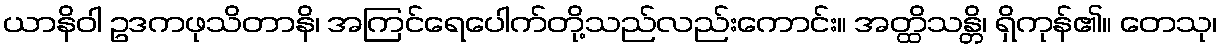
ယာနိဝါ ဥဒကဖုသိတာနိ၊ အကြင်ရေပေါက်တို့သည်လည်းကောင်း။ အတ္ထိသန္တိ၊ ရှိကုန်၏။ တေသု၊